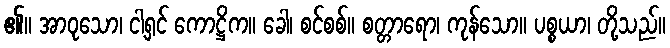
၏။ အာဝုသော၊ ငါ့ရှင် ကောဋ္ဌိက။ ခေါ၊ စင်စစ်။ စတ္တာရော၊ ကုန်သော။ ပစ္စယာ၊ တို့သည်။